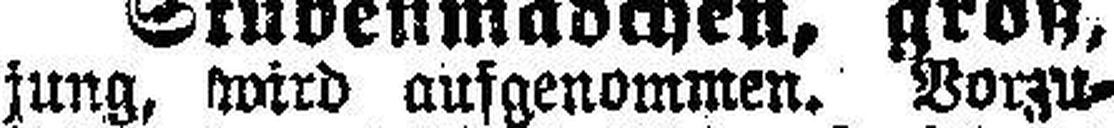
jung, wird aufgenommen. Vorzu¬